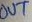
Text: OUT